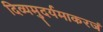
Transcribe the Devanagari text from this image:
दिव्यमुदर्यमाकरजं